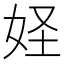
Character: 𱙍